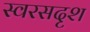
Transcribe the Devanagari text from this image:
स्वरसदृश